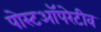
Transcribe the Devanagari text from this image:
पोस्टऑपरेटीव